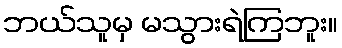
ဘယ်သူမှ မသွားရဲကြဘူး။